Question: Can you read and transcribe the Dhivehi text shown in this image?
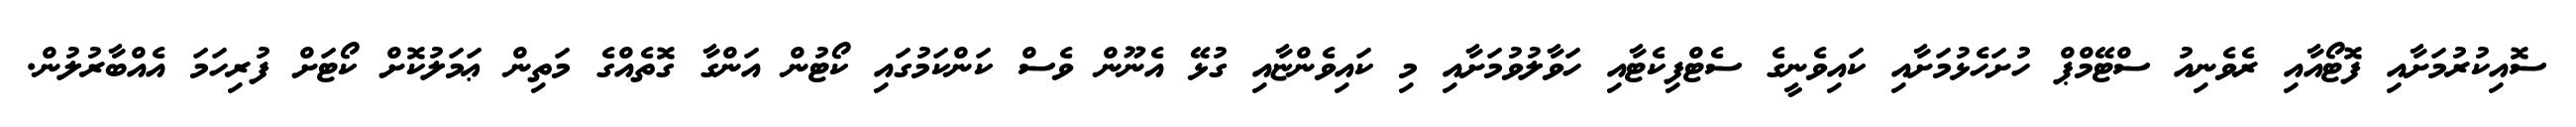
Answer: ސޮއިކުރުމަށާއި ފޮޓޯއާއި ރެވެނިއު ސްޓޭމްޕް ހުށަހެޅުމަށާއި ކައިވެނީގެ ސެޓްފިކެޓާއި ހަވާލުވުމަށާއި މި ކައިވެންޏާއި ގުޅޭ އެނޫން ވެސް ކަންކަމުގައި ކޯޓުން އަންގާ ގޮތެއްގެ މަތިން ޢަމަލުކޮށް ކޯޓަށް ފުރިހަމަ އެއްބާރުލުން.